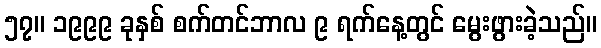
၅၇။ ၁၉၉၉ ခုနှစ် စက်တင်ဘာလ ၉ ရက်နေ့တွင် မွေးဖွားခဲ့သည်။